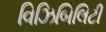
વિઝિબિલિટી